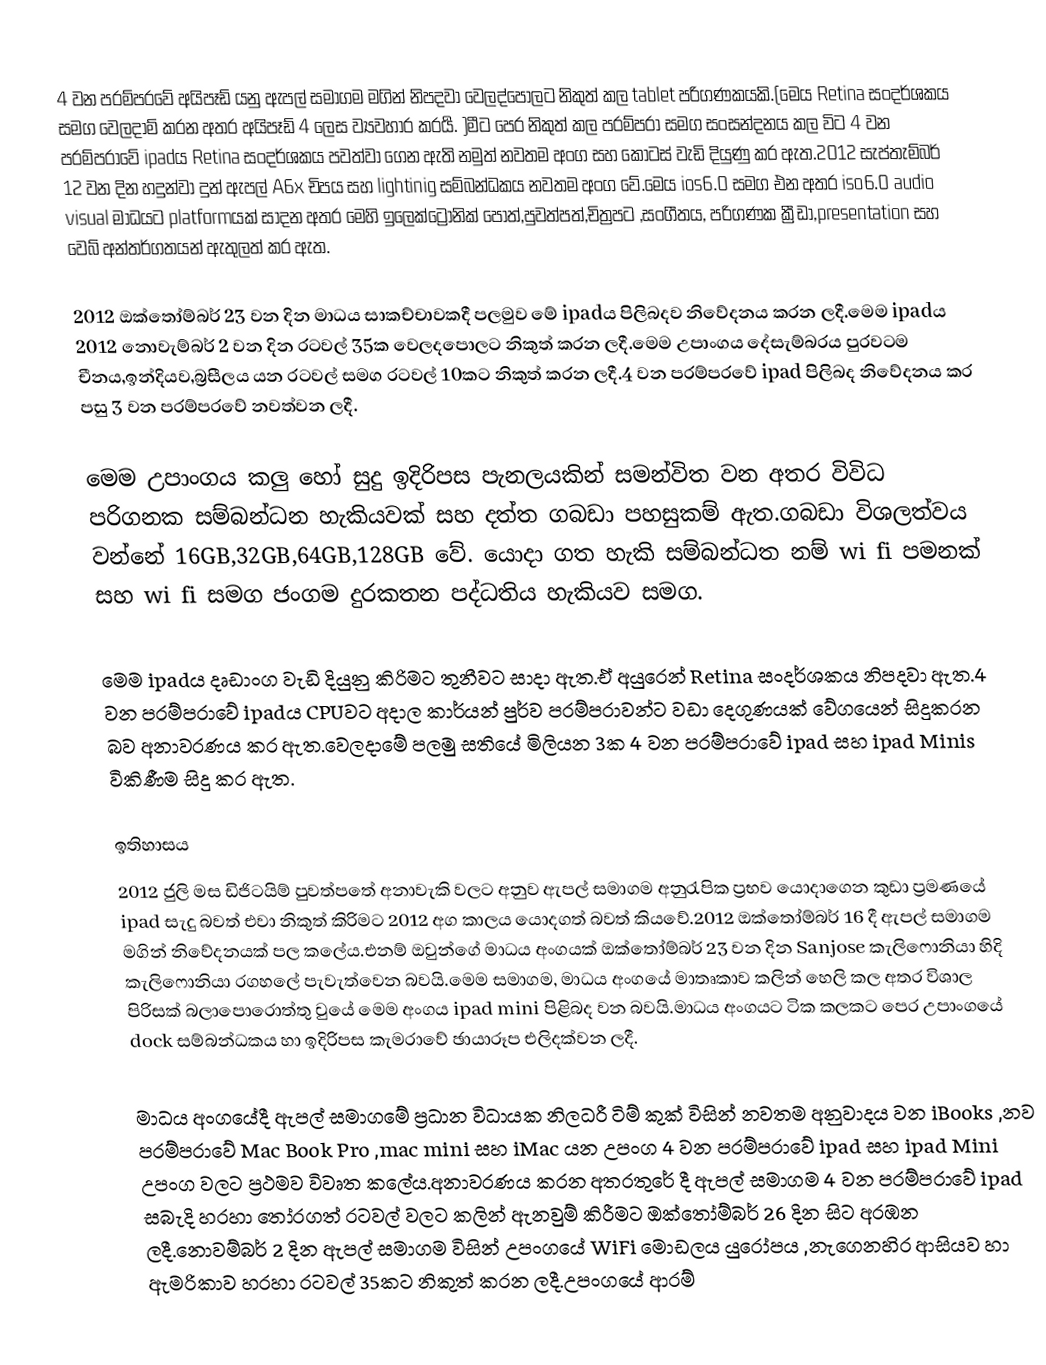
4 වන පරම්පරවේ අයිපෑඩ් යනු ඇපල් සමාගම මගින් නිපදවා  වෙලද්පොලට නිකුත් කල tablet පරිගණකයකි.(මෙය Retina සංදර්ශකය සමග වෙලදාම් කරන අතර අයිපෑඩ් 4 ලෙස ව්‍යවහාර කරයර්‍.  )මීට පෙර නිකුත් කල පරම්පරා සමග සංසන්දනය කල විට 4 වන පරම්පරාවේ ipadය Retina සංදර්ශකය පවත්වා ගෙන ඇති නමුත් නවතම අංග සහ කොටස් වැඩි දියුණු කර ඇත.2012 සැප්තැම්බර් 12 වන දින  හදුන්වා දුන් ඇපල් A6x චිපය සහ lightinig සම්බන්ධකය නවතම අංග වේ.මෙය ios6.0 සමග එන අතර iso6.0 audio visual මාධ‍යට platformයක් සාදන අතර මෙහි ඉලෙක්ට්‍රොනික් පොත්,පුවත්පත්,චිත්‍රපට ,සංගීතය, පරිගණක ක්‍රීඩා,presentation සහ වෙබ් අන්තර්ගතයන් ඇතුලත් කර ඇත.

2012 ඔක්තෝම්බර් 23 වන දින මාධය සාකච්චාවකදී පලමුව මේ ipadය පිලිබදව නිවේදනය කරන ලදී.මෙම ipadය 2012 නොවැම්බර් 2 වන දින රටවල් 35ක වෙලදපොලට නිකුත් කරන ලදී.මෙම උපාංගය දේසැම්බරය පුරවටම චීනය,ඉන්දියව,බ්‍රසීලය යන රටවල් සමග රටවල් 10කට නිකුත් කරන ලදී.4 වන පරම්පරවේ ipad පිලිබද නිවේදනය  කර පසු 3 වන පරම්පරවේ  නවත්වන ලදී.

මෙම උපාංගය කලු හෝ සුදු ඉදිරිපස පැනලයකින් සමන්විත වන අතර විවිධ පරිගනක සම්බන්ධන හැකියවක් සහ දත්ත ගබඩා පහසුකම් ඇත.ගබඩා විශලත්වය වන්නේ 16GB,32GB,64GB,128GB වේ. යොදා ගත හැකි සම්බන්ධත නම් wi fi පමනක් සහ wi fi සමග ජංගම දුරකතන පද්ධතිය හැකියව සමග.

මෙම ipadය දෘඩාංග වැඩි දියුනු කිරිමට තුනීවට සාදා ඇත.ඒ අයුරෙන් Retina සංදර්ශකය නිපදවා ඇත.4 වන පරම්පරාවේ  ipadය  CPUවට අදාල කාර්යන් පුර්ව පරම්පරාවන්ට වඩා දෙගුණයක් වේගයෙන් සිදුකරන බව අනාවරණය කර ඇත.වෙලදාමේ පලමු සතියේ  මිලියන 3ක 4 වන පරම්පරාවේ ipad සහ ipad Minis විකිණීම සිදු කර ඇත.

ඉතිහාසය
2012 ජුලි මස ඩිජිටයිම් පුවත්පතේ අනාවැකි වලට අනුව ඇපල් සමාගම අනුරැපික ප්‍රභව යොදාගෙන කුඩා ප්‍රමණයේ ipad සැදු බවත් එවා නිකුත් කිරිමට 2012 අග කාලය යොදගත් බවත් කියවේ.2012 ඔක්තෝම්බර් 16 දී ඇපල් සමාගම මගින් නිවේදනයක් පල කලේය.එනම් ඔවුන්ගේ මාධය අංගයක් ඔක්තෝම්බර් 23 වන දින Sanjose කැලිෆොනියා හිදි කැලිෆොනියා  රගහලේ පැවැත්වෙන බවයි.මෙම සමාගම,  මාධය අංගයේ මාතෘකාව කලින් හෙලි කල අතර විශාල පිරිසක් බලාපොරොත්තු වුයේ  මෙම අංගය ipad mini පිළිබද වන බවයි.මාධය අංගයට ටික කලකට පෙර උපාංගයේ dock සම්බන්ධකය හා ඉදිරිපස කැමරාවේ ඡායාරූප එලිදක්වන ලදී.

මාධය  අංගයේදී ඇපල් සමාගමේ ප්‍රධාන විධායක නිලධරී ටිම් කුක් විසින් නවතම අනුවාදය වන iBooks ,නව පරම්පරාවේ Mac Book Pro ,mac mini සහ iMac යන උපංග 4 වන පරම්පරාවේ ipad සහ ipad Mini උපංග වලට ප්‍රථමව විවෘත කලේය.අනාවරණය කරන අතරතුරේ දී ඇපල් සමාගම 4 වන පරම්පරාවේ ipad සබැදි හරහා තෝරගත් රටවල් වලට කලින් ඇනවුම් කිරීමට ඔක්තෝම්බර් 26 දින සිට අරඹන ලදී.නොවම්බර් 2 දින ඇපල් සමාගම විසින් උපංගයේ WiFi මොඩලය යුරෝපය ,නැගෙනහිර ආසියව හා ඇමරිකාව හරහා රටවල් 35කට නිකුත් කරන ලදී.උපංගයේ ආරම්